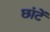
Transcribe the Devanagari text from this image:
छांटें